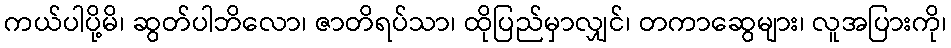
ကယ်ပါပို့မိ၊ ဆွတ်ပါဘိလော၊ ဇာတိရပ်သာ၊ ထိုပြည်မှာလျှင်၊ တကာဆွေများ၊ လူအပြားကို၊